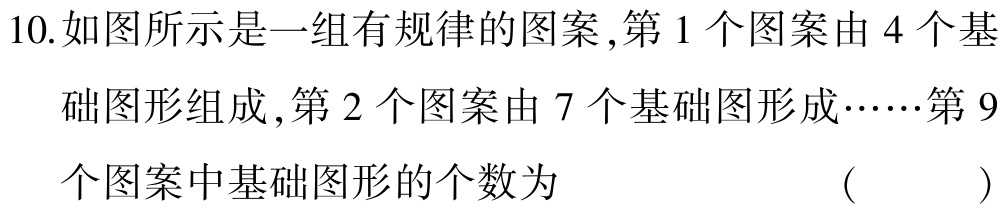
10.如图所示是一组有规律的图案,第 1 个图案由 4 个基础图形组成,第 2 个图案由 7 个基础图形成……第 9个图案中基础图形的个数为 （ ）